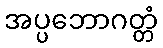
အပ္ပဘောဂတ္တံ